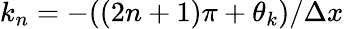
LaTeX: k_{n}=-((2n+1)\pi+\theta_{k})/\Delta x